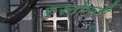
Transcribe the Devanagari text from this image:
रुस्तोमजी